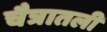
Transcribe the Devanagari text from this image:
चैत्रातली